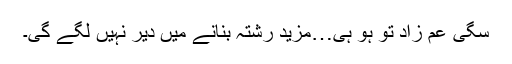
سگی عم زاد تو ہو ہی…مزید رشتہ بنانے میں دیر نہیں لگے گی۔